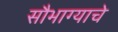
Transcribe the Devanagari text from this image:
सौभाग्याचे